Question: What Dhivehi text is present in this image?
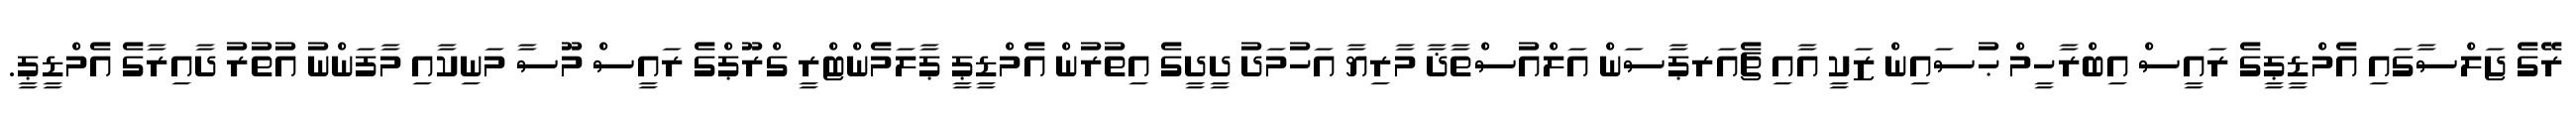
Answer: ރޭގެ ޖަލްސާގައި އެމްޑީޕީގެ ރައީސް އިބްރާހީމް ޙުސައިން ޒަކީ އާއި ޗެއަރޕާސަން އަލްއުސްތާޛާ މާރިޔާ އަހުމަދު ދީދީގެ އިތުރުން އެމްޑީޕީ ޕާލަމެންޓްރީ ގްރޫޕްގެ ރައީސް މޫސާ މަނިކާއި މާފަންނު އުތުރު ދާއިރާގެ އެމްޑީޕީ.